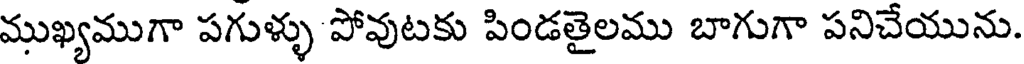
ముఖ్యముగా పగుళ్ళు పోవుటకు పిండతైలము బాగుగా పనిచేయును.